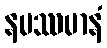
နမဿမာနံ